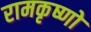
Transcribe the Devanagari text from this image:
रामकृष्णो